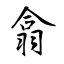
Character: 翕